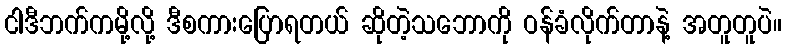
ငါဒီဘက်ကမို့လို့ ဒီစကားပြောရတယ် ဆိုတဲ့သဘောကို ဝန်ခံလိုက်တာနဲ့ အတူတူပဲ။